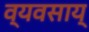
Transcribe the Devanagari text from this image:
व्यवसाय्